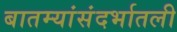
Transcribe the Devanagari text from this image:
बातम्यांसंदर्भातली